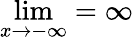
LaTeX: \operatorname*{lim}_{x\rightarrow-\infty}=\infty